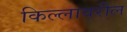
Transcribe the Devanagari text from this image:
किल्लावरील